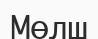
Мөлш